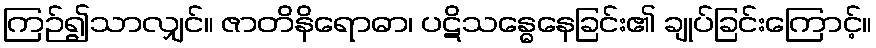
ကြဉ်၍သာလျှင်။ ဇာတိနိရောဓာ၊ ပဋိသန္ဓေနေခြင်း၏ ချုပ်ခြင်းကြောင့်။